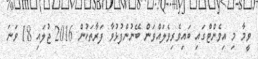
ވީމާ މި އިވެންޓްގައި ބައިވެރިވެލައްވަން ބޭނުންފުޅުވާ ފަރާތަކުން 2016 ޖުލައި 18 ވަނަ